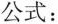
公式：